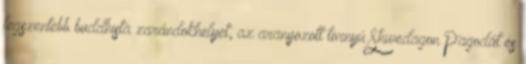
legszentebb buddhista zarándokhelyet, az aranyozott tornyú Shwedagon Pagodát és